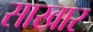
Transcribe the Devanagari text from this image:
साखार